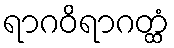
ရာဂဝိရာဂတ္ထံ